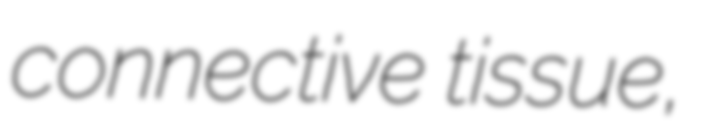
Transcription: connective tissue,